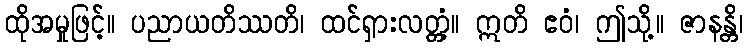
ထိုအမှုဖြင့်။ ပညာယတိဿတိ၊ ထင်ရှားလတ္တံ့။ ဣတိ ဧဝံ၊ ဤသို့။ ဇာနန္တိ၊